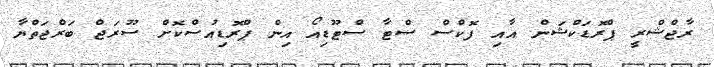
ރާޖްޝްރީ ޕްރޮޑަކްޝަން އާއި ފޮކްސް ސްޓާ ސްޓޫޑިއޯ އިން ޕްރޮޑިއުސްކޮށް ސޫރަޖް ބަރްޖަތްޔާ